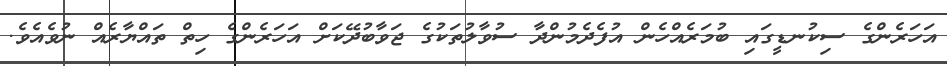
އަހަރެންގެ ސިކުނޑީގައި ބުމަރެއްހެން އުފެދެމުންދާ ސުވާލުތަކުގެ ޖަވާބުދޭކަށް އަހަރެންގެ ހިތް ތައްޔާރެއް ނުވެއެވެ.